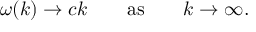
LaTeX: \omega ( k ) \to c k \qquad \mathrm { a s } \qquad k \to \infty .